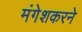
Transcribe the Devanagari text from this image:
मंगेशकरने